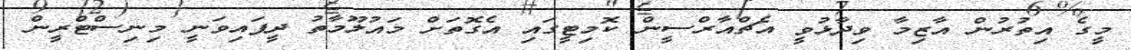
މީގެ އިތުރުން އާޒިމާ ވިދާޅުވީ އެޗްއާރްސީން ކޮމިޓީގައި އެގޮތަށް މައުލޫމާތު ދީފައިވަނީ މިނިސްޓްރީން